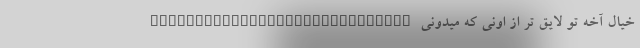
خیال آخه تو لایق تر از اونی که میدونی _____________________________